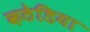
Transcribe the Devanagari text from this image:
कठेडिया